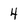
Character: 4